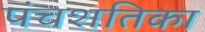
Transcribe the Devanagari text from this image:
पंचशतिका